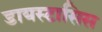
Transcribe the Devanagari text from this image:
डायस्टासिस